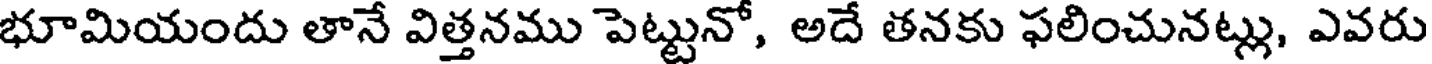
భూమియందు తానే విత్తనము పెట్టునో, అదే తనకు ఫలించునట్లు, ఎవరు